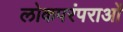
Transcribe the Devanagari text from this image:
लोकपरंपराओं